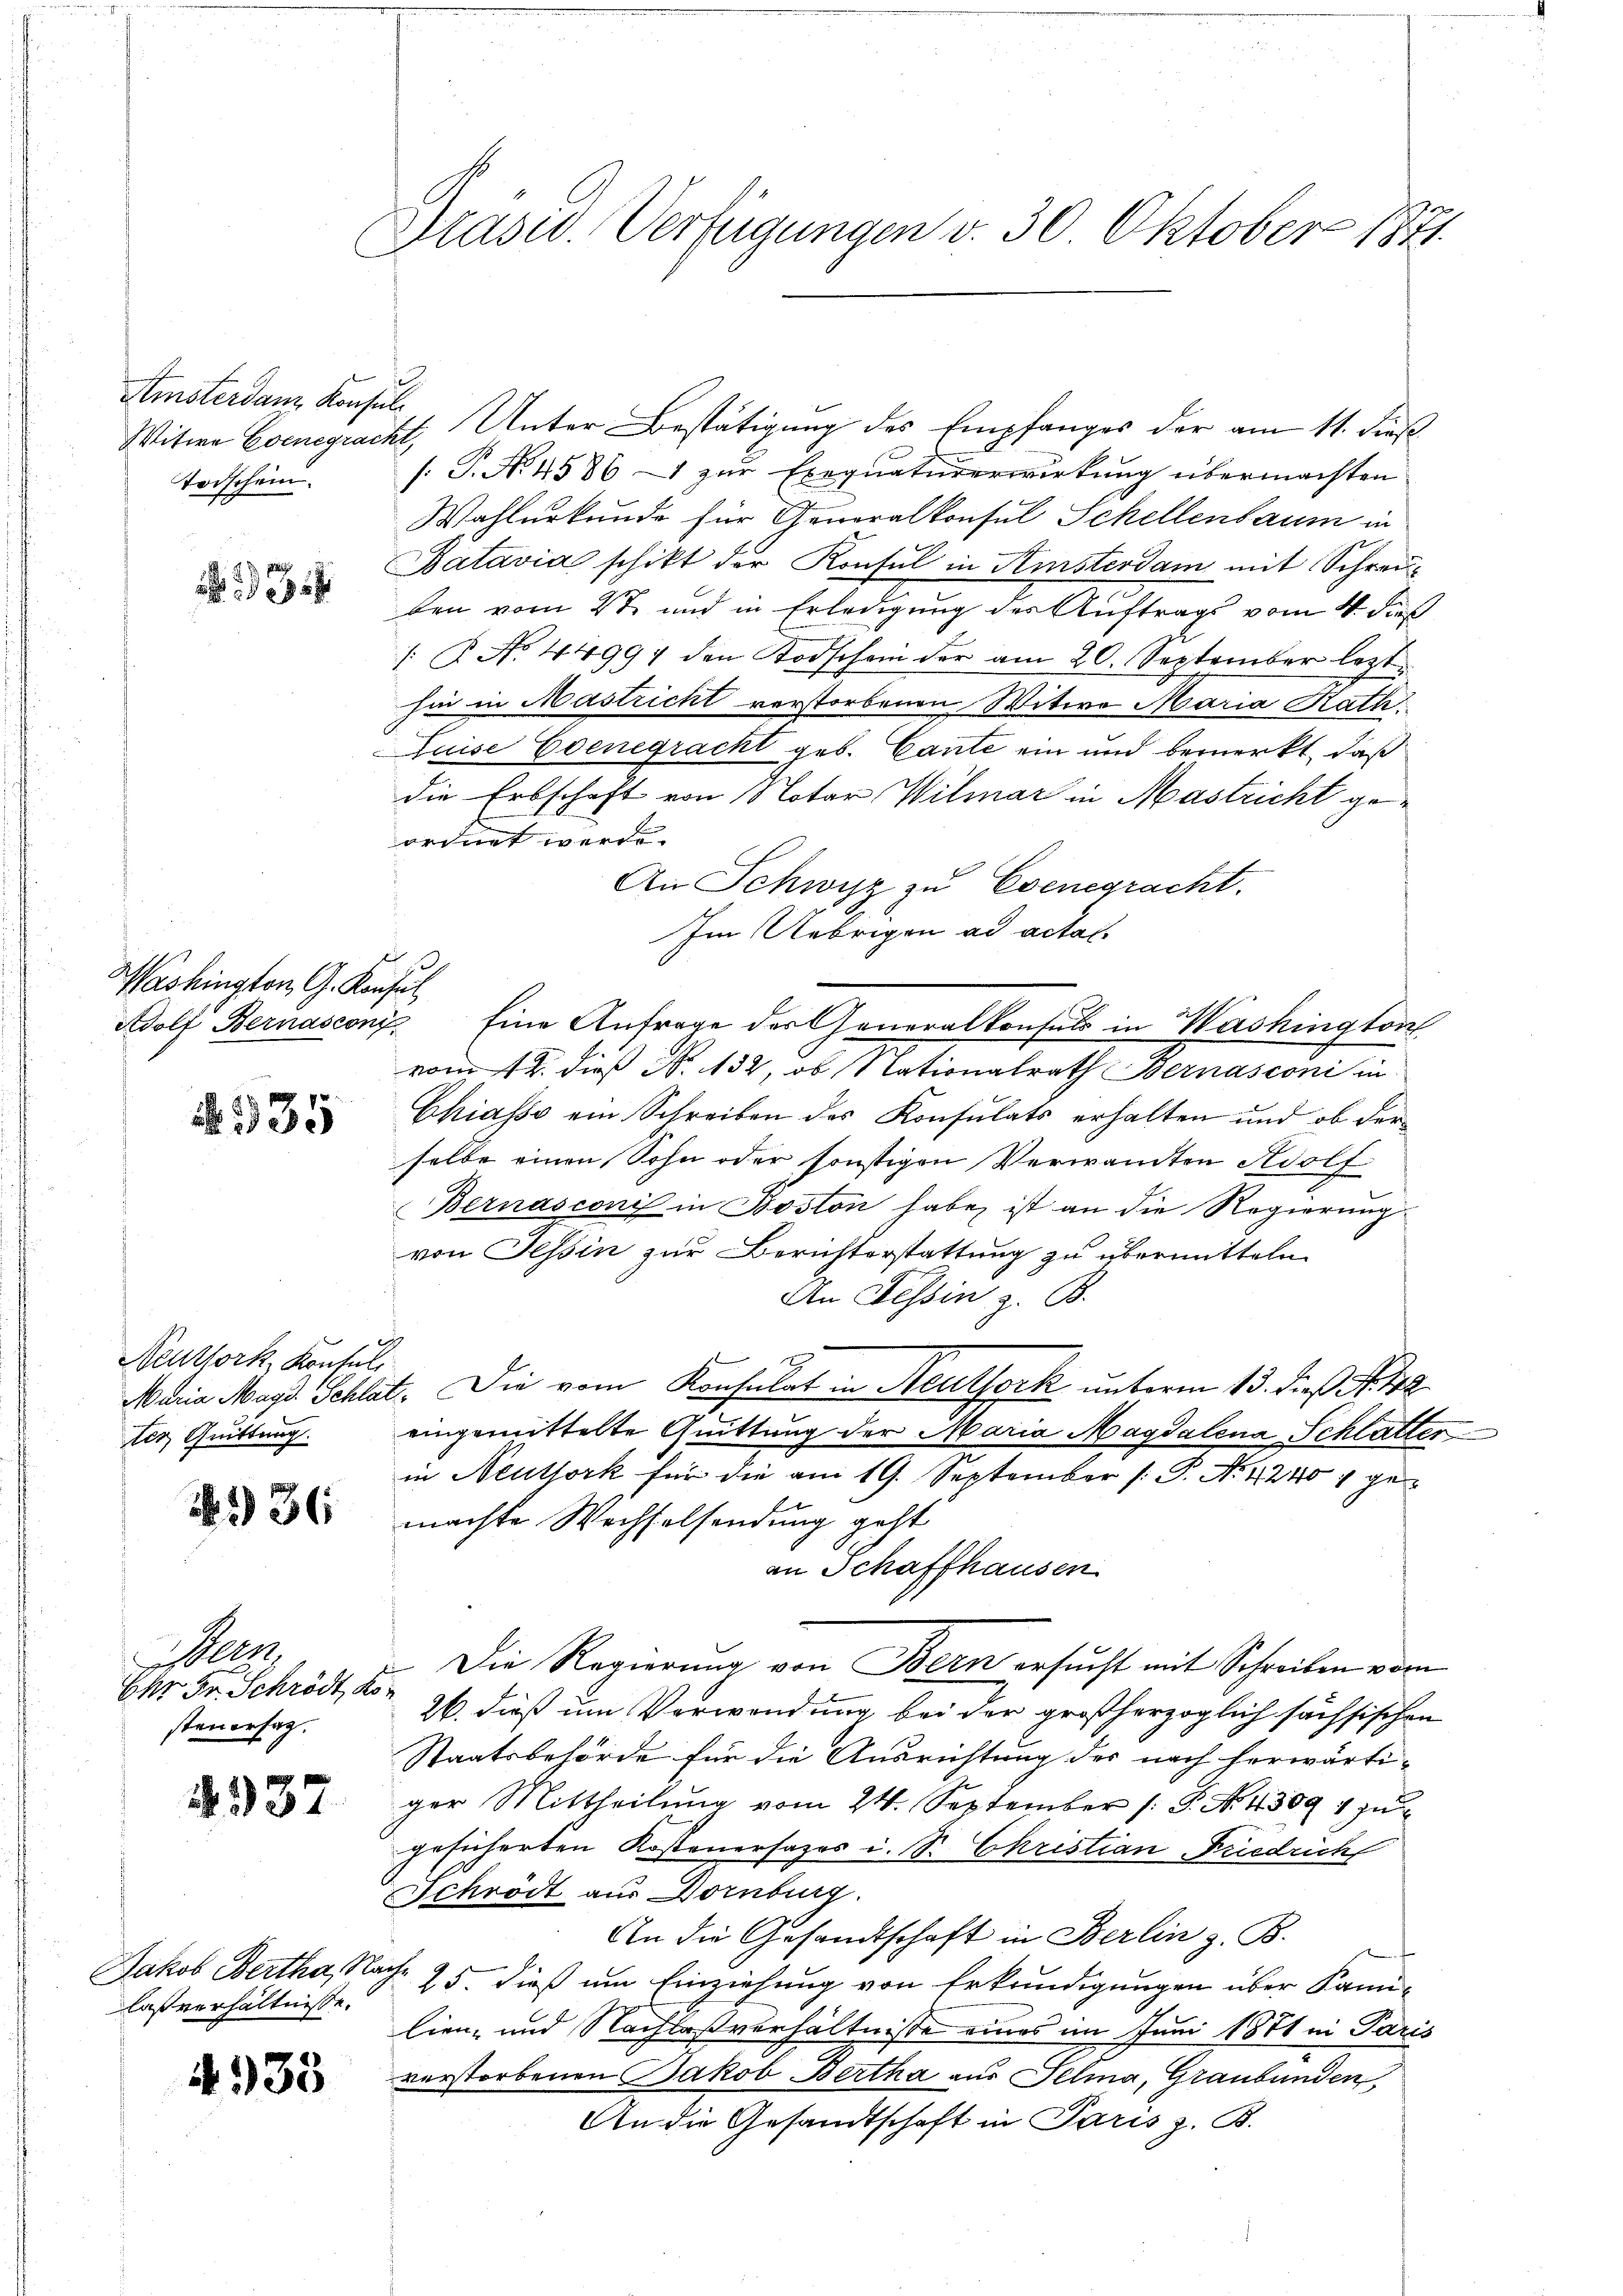
Witwe Evenegracht,
Torschein.

Washington G. Konsul
Adolf Bernasconi

35

Neuthork, Konsuli
ter, Quittung.

1336

een
Ehr Fr. Schrödt Kon
steuersag.

1937

Jakob Bertha, Nache
laßverhältnisse.

4933

Präsid. Verfügungen v. 30 Oktober 1871.

Amsterdanz Konsul Unter Bestätigung des Empfanges der am 11. dieß
[: P. No 4586 – zur Exequaturerwirkung übermachten
Wahlurkunde für Generalkonsul Schellenbaum in
Batavia schikt der Konsul in Kisterdam mit Schreiben vom 27. und in Erledigung des Auftrags vom 4. dies
/. R. No. 44994 den Todschein der am 20. September lezt
hin in Mastricht verstorbenen Witwe Maria Rath
Luise Edenegracht geb. Cante ein und bemerkt, daß
die Erbschaft von Notar Vilmar in Mastricht geordnet werde.
An Schwyz zu Evenegracht.
Im Uebrigen ad actat
Eine Anfrage des Generalkonsuls in Washington
vom 12. dieß N. 132, ob Nationalrath Bernasconi in
Chiasso ein Schreiben des Konsulats erhalten und ob der
selbe einen Sohn oder sonstigen Verwandten Adolf
Bernasconi in Boston habe, ist an die Regierung
von Tessin zur Berichterstattung zu übermitteln.
An Tessin z. B.
Maria Magd. Schlat. Die vom Konsulat in Neutfork unterm 13. dieß N. 42
eingemittelte Quittung der Maria Magdalena Schlatter
in Neuthork für die am 19. September (: P. Nr. 4240 u gemachte Wechselsendung geht
an Schaffhausen
Die Regierung von Bern ersucht mit Schreiben vom
26. dieß um Verwendung bei der großherzoglich sächsischen
Staatsbehörde für die Ausrichtung des nach herwärti-
ger Mittheilŭng vom 24. September /: P. Nr. 43091 zur
gesicherten Kostenersages i. S. Christian Friedrich
Schrödt aus Dornburg.
An die Gesandtschaft in Berlin z. B.
25. dieß um Einziehung von Erkundigungen über Kan-
lien- und Nachlaßverhältnisse eines im Juni 1871 in Paris
verstorbenen Jakob Bertha aus Selma, Graubünden,
An die Gesandtschaft in Paris z. B.